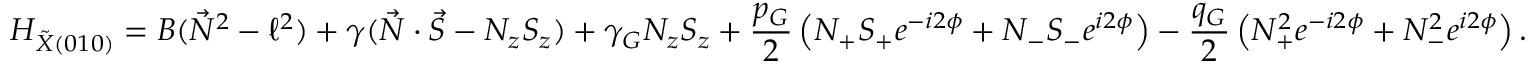
H _ { \tilde { X } ( 0 1 0 ) } = B ( \vec { N } ^ { 2 } - \ell ^ { 2 } ) + \gamma ( \vec { N } \cdot \vec { S } - N _ { z } S _ { z } ) + \gamma _ { G } N _ { z } S _ { z } + \frac { p _ { G } } { 2 } \left( N _ { + } S _ { + } e ^ { - i 2 \phi } + N _ { - } S _ { - } e ^ { i 2 \phi } \right) - \frac { q _ { G } } { 2 } \left( N _ { + } ^ { 2 } e ^ { - i 2 \phi } + N _ { - } ^ { 2 } e ^ { i 2 \phi } \right) .